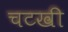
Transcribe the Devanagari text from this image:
चटखी